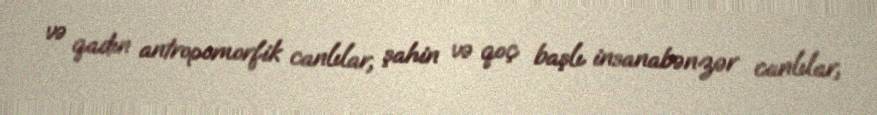
və qadın antropomorfik canlılar, şahin və qoç başlı insanabənzər canlılar,